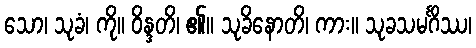
သော၊ သုခံ၊ ကို။ ဝိန္ဒတိ၊ ၏။ သုခိနောတိ၊ ကား။ သုခသမင်္ဂိဿ၊